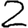
Digit: 2